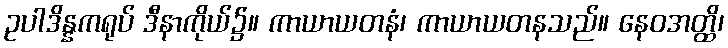
ဥပါဒိန္နကရုပ် ဒီနာကိုယ်၌။ ကာယာယတနံ၊ ကာယာယတနသည်။ နေဝအတ္ထိ၊